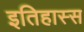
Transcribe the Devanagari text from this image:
इतिहास्स